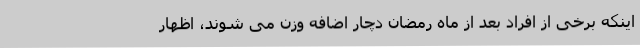
اینکه برخی از افراد بعد از ماه رمضان دچار اضافه وزن می شوند، اظهار